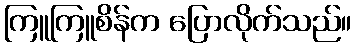
ကြူကြူစိန်က ပြောလိုက်သည်။